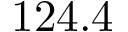
1 2 4 . 4